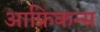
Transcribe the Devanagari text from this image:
आफ्रिकन्स